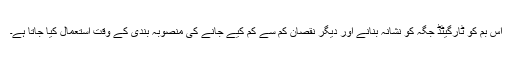
اس بم کو ٹارگیٹڈ جگہ کو نشانہ بنانے اور دیگر نقصان کم سے کم کیے جانے کی منصوبہ بندی کے وقت استعمال کیا جاتا ہے۔